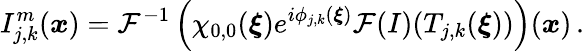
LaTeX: I_{j,k}^{m}(\boldsymbol{x})=\mathcal{F}^{-1}\left(\chi_{0,0}(\boldsymbol{\xi})e^{i\phi_{j,k}(\boldsymbol{\xi})}\mathcal{F}(I)(T_{j,k}(\boldsymbol{\xi}))\right)(\boldsymbol{x})\, .